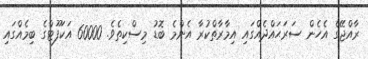
ރާއްޖޭގެ އެހެން ސަރަޙައްދެއްގައި އިމާރާތްކުރާ އެންމެ ބޮޑު މިސްކިތެވެ. 60000 އަކަފޫޓްގެ ބިމެއްގައި